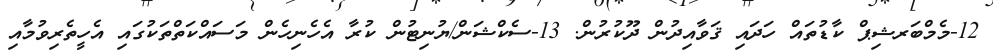
12-މެމްބަރޝިޕް ކާޑުތައް ހަދައި ޤަވާއިދުން ދޫކުރުން. 13-ސެކްޝަން/ޔުނިޓުން ކުރާ އެހެނިހެން މަސައްކަތްތަކުގައި އެހީތެރިވުމާއި